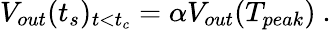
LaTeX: V_{out}(t_{s})_{t<t_{c}}=\alpha V_{out}(T_{peak})~.